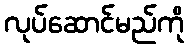
လုပ်ဆောင်မည်ကို